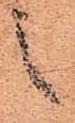
之